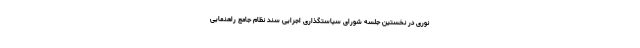
نوری در نخستین جلسه شورای سیاستگذاری اجرایی سند نظام جامع راهنمایی